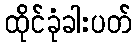
ထိုင်ခုံခါးပတ်